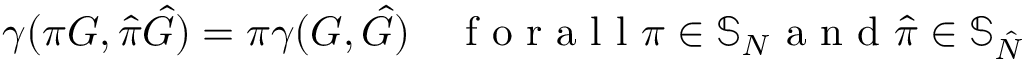
\gamma ( \pi G , \hat { \pi } \hat { G } ) = \pi \gamma ( G , \hat { G } ) \quad \mathrm { ~ f ~ o ~ r ~ a ~ l ~ l ~ } \pi \in \mathbb { S } _ { N } \mathrm { ~ a ~ n ~ d ~ } \hat { \pi } \in \mathbb { S } _ { \hat { N } }